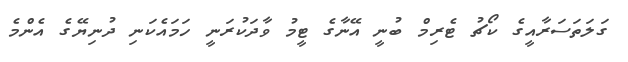
ގަލަތަސަރާއީގެ ކޯޗު ޓެރިމް ބުނީ އޭނާގެ ޓީމު ވާދަކުރަނީ ހަމައެކަނި ދުނިޔޭގެ އެންމެ